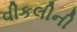
વીકલીની